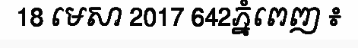
18 មេសា 2017 642ភ្នំពេញ ៖